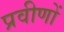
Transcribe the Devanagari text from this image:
प्रवीणों